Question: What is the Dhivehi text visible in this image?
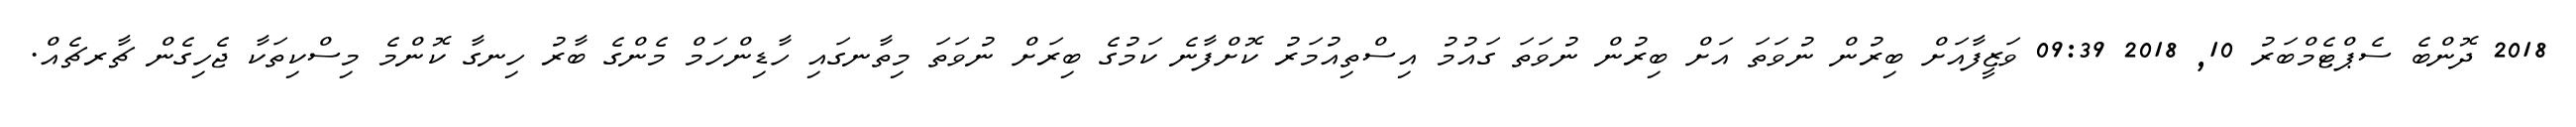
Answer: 2018 ދޮންބެ ސެޕްޓެމްބަރު 10, 2018 09:39 ވަޒީފާއަށް ބިރުން ނުވަތަ އަށް ބިރުން ނުވަތަ ގައުމު އިސްތިއުމަރު ކޮށްފާނެ ކަމުގެ ބިރަށް ނުވަތަ މިތާނގައި ހާޑިންހަމް މެންގެ ބާރު ހިނގާ ކޮންމެ މިސްކިތަކާ ޖެހިގެން ޗާރޗެއް.